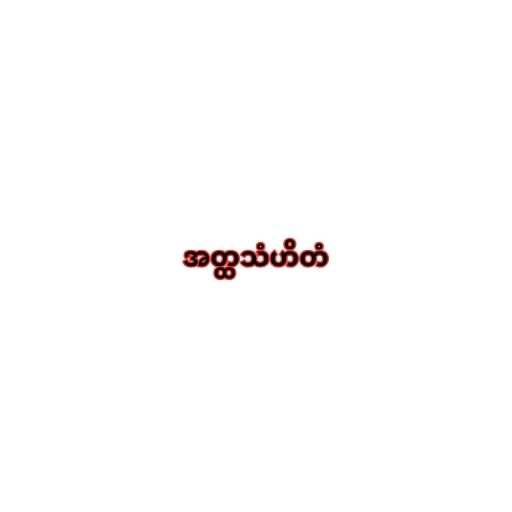
အတ္ထသံဟိတံ